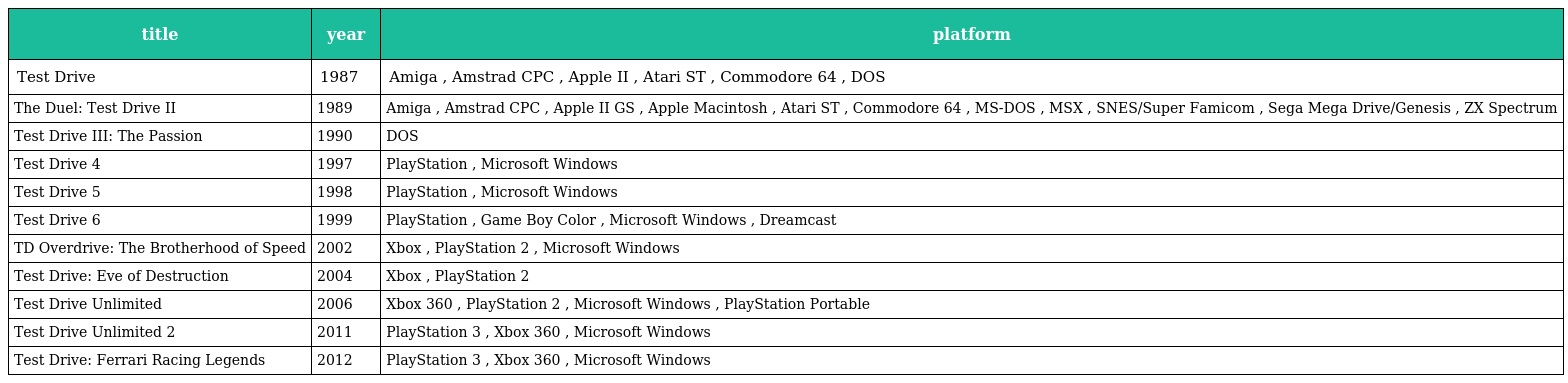
| title | year | platform |
 | --- | --- | --- |
 | Test Drive | 1987 | Amiga , Amstrad CPC , Apple II , Atari ST , Commodore 64 , DOS |
 | The Duel: Test Drive II | 1989 | Amiga , Amstrad CPC , Apple II GS , Apple Macintosh , Atari ST , Commodore 64 , MS-DOS , MSX , SNES/Super Famicom , Sega Mega Drive/Genesis , ZX Spectrum |
 | Test Drive III: The Passion | 1990 | DOS |
 | Test Drive 4 | 1997 | PlayStation , Microsoft Windows |
 | Test Drive 5 | 1998 | PlayStation , Microsoft Windows |
 | Test Drive 6 | 1999 | PlayStation , Game Boy Color , Microsoft Windows , Dreamcast |
 | TD Overdrive: The Brotherhood of Speed | 2002 | Xbox , PlayStation 2 , Microsoft Windows |
 | Test Drive: Eve of Destruction | 2004 | Xbox , PlayStation 2 |
 | Test Drive Unlimited | 2006 | Xbox 360 , PlayStation 2 , Microsoft Windows , PlayStation Portable |
 | Test Drive Unlimited 2 | 2011 | PlayStation 3 , Xbox 360 , Microsoft Windows |
 | Test Drive: Ferrari Racing Legends | 2012 | PlayStation 3 , Xbox 360 , Microsoft Windows |